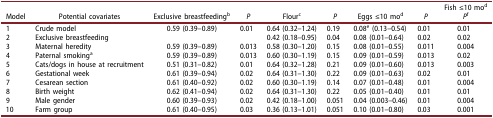
<table><thead><tr><td><b>Model</b></td><td><b>Potential covariates</b></td><td><b>Exclusive breastfeeding<sup>b</sup></b></td><td><b><i>P</i></b></td><td><b>Flour<sup>c</sup></b></td><td><b><i>P</i></b></td><td><b>Eggs ≤10 mo<sup>d</sup></b></td><td><b><i>P</i></b></td><td><b>Fish ≤10 mo<sup>d</sup><i>P</i><sup>f</sup></b></td></tr></thead><tbody><tr><td>1</td><td>Crude model</td><td>0.59 (0.39–0.89)</td><td>0.01</td><td>0.64 (0.32–1.24)</td><td>0.19</td><td>0.08<sup>e</sup> (0.13–0.54)</td><td>0.01</td><td>0.01</td></tr><tr><td>2</td><td>Exclusive breastfeeding</td><td> </td><td> </td><td>0.42 (0.18–0.95)</td><td>0.04</td><td>0.08 (0.01–0.64)</td><td>0.02</td><td>0.02</td></tr><tr><td>3</td><td>Maternal heredity</td><td>0.59 (0.39–0.89)</td><td>0.013</td><td>0.58 (0.30–1.20)</td><td>0.15</td><td>0.08 (0.01–0.55)</td><td>0.011</td><td>0.004</td></tr><tr><td>4</td><td>Paternal smoking<sup>a</sup></td><td>0.59 (0.39–0.89)</td><td>0.013</td><td>0.60 (0.30–1.19)</td><td>0.15</td><td>0.09 (0.01–0.59)</td><td>0.013</td><td>0.02</td></tr><tr><td>5</td><td>Cats/dogs in house at recruitment</td><td>0.51 (0.31–0.82)</td><td>0.01</td><td>0.64 (0.32–1.28)</td><td>0.21</td><td>0.09 (0.01–0.60)</td><td>0.013</td><td>0.003</td></tr><tr><td>6</td><td>Gestational week</td><td>0.61 (0.39–0.94)</td><td>0.02</td><td>0.64 (0.31–1.30)</td><td>0.22</td><td>0.09 (0.01–0.63)</td><td>0.02</td><td>0.01</td></tr><tr><td>7</td><td>Cesarean section</td><td>0.61 (0.40–0.92)</td><td>0.02</td><td>0.60 (0.30–1.19)</td><td>0.14</td><td>0.07 (0.01–0.48)</td><td>0.01</td><td>0.004</td></tr><tr><td>8</td><td>Birth weight</td><td>0.62 (0.41–0.94)</td><td>0.02</td><td>0.64 (0.31–1.30)</td><td>0.22</td><td>0.05 (0.01–0.40)</td><td>0.01</td><td>0.01</td></tr><tr><td>9</td><td>Male gender</td><td>0.60 (0.39–0.93)</td><td>0.02</td><td>0.42 (0.18–1.00)</td><td>0.051</td><td>0.04 (0.003–0.46)</td><td>0.01</td><td>0.004</td></tr><tr><td>10</td><td>Farm group</td><td>0.61 (0.40–0.95)</td><td>0.03</td><td>0.36 (0.13–1.01)</td><td>0.051</td><td>0.10 (0.01–0.80)</td><td>0.03</td><td>0.001</td></tr></tbody></table>